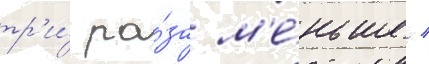
тр'и́ ра́за м'е́ньше /